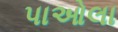
પાઓલા